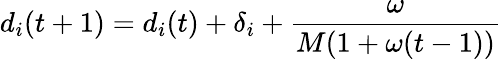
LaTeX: d_{i}(t+1)=d_{i}(t)+\delta_{i}+\frac{\omega}{M(1+\omega(t-1))}